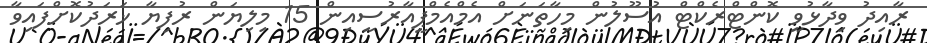
ރާއިދު ވިދާޅުވީ ކޮންޓްރެކްޓް އުސޫލުން މިހާތަނަށް އެމްއެމްޕީއާރުސީއިން 15 މިލިޔަން ރުފިޔާ ޚަރަދުކޮށްފައިވާ